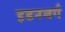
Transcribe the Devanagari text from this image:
इडनबर्ग